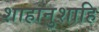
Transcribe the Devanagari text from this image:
शाहानुशाहि